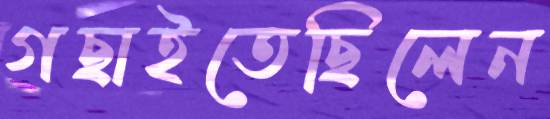
গছাইতেছিলেন